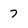
Character: 7